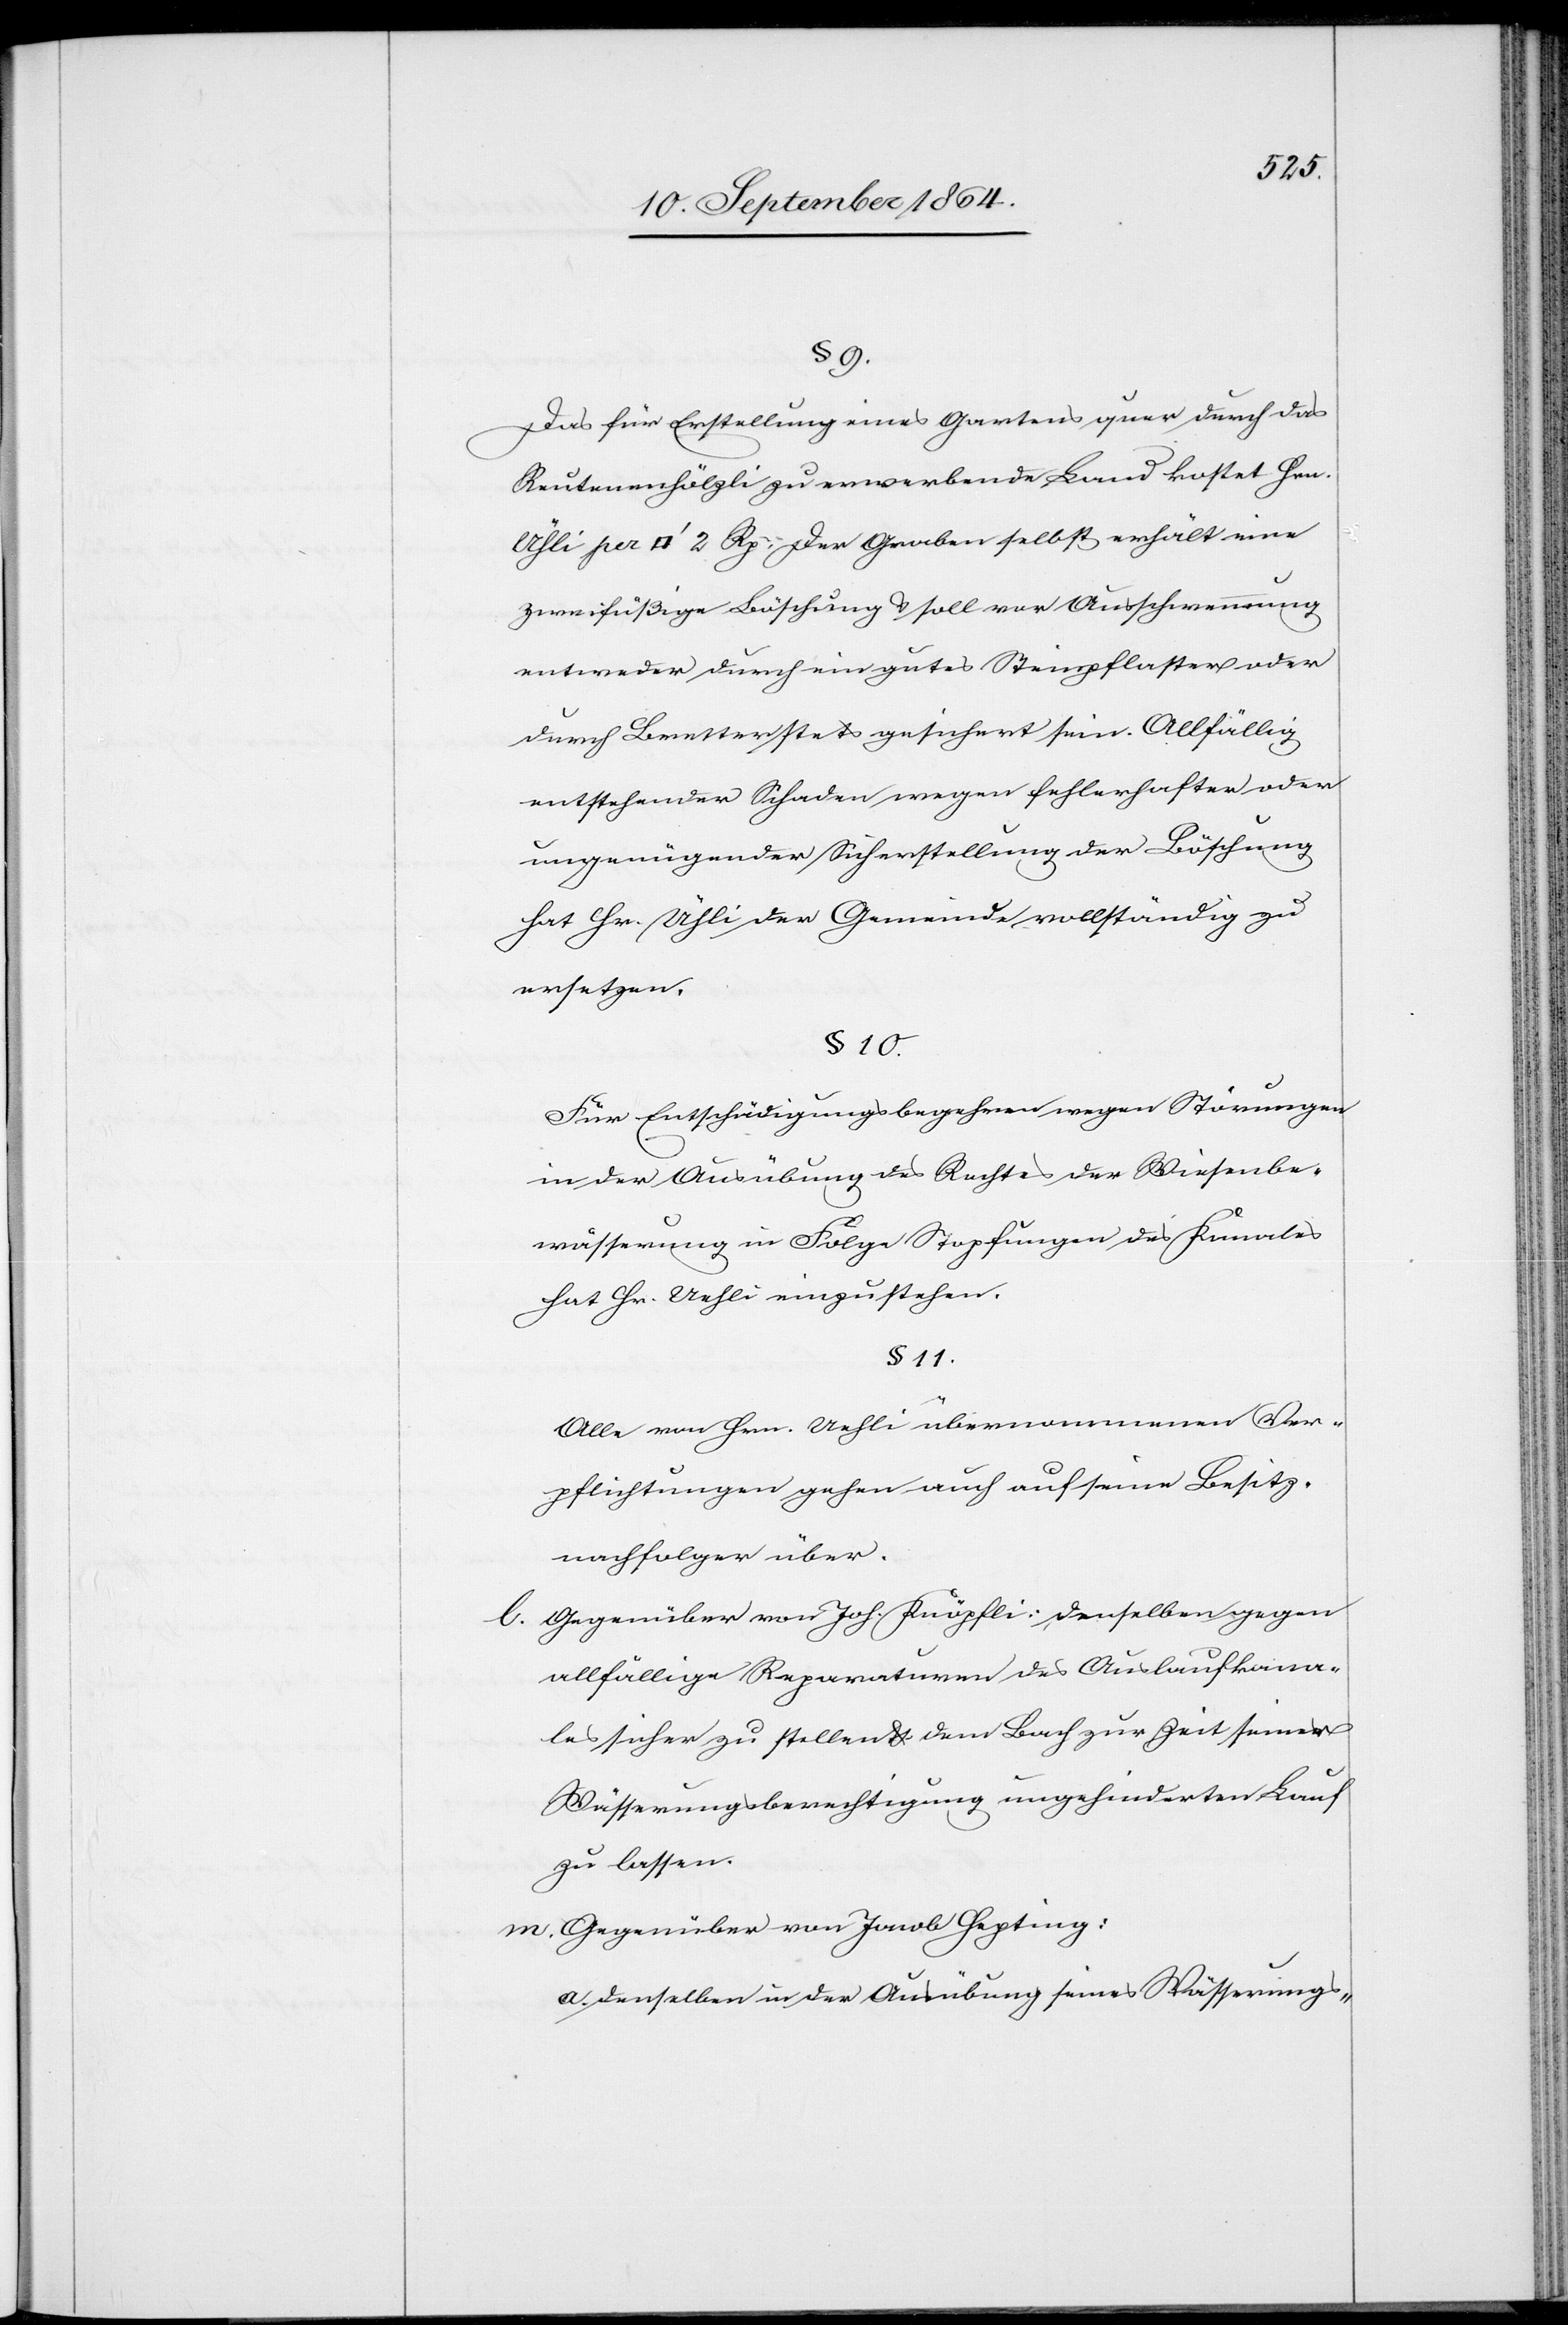
§ 9.
Das für Erstellung eines Gartens [sic!] quer durch das
Reutenenhölzli zu erwerbende Land kostet Hrn.
per [Quadratfuss] 2 Rp. Der Graben selbst erhält eine
zweifüßige Böschung & soll vor Ausschwemmung
entweder durch ein gutes Steinpflaster oder
durch Bretter stets gesichert sein. Allfällig
entstehender Schaden wegen fehlerhafter oder
ungenügender Sicherstellung der Böschung
hat Hr. Ühli der Gemeinde vollständig zu
ersetzten.
§ 10.
Für Entschädigungsbegehren wegen Störungen
in der Ausübung des Rechtes der Wiesenbe¬
wässerung in Folge Stopfungen des Kanales
hat Hr. Uehli einzustehen.
§ 11.
Alle von Hrn. Uehli übernommenen Ver¬
pflichtungen gehen auch auf seine Besitz¬
nachfolger über.
l.	Gegenüber von Joh. Knöpfli: denselben gegen
allfällige Reparaturen des Auslaufkana¬
les sicher zu stellen & dem Bach zur Zeit seiner
Wässerungsberechtigung ungehinderten Lauf
zu lassen.
m.	Gegenüber Jacob Hepting:
a. denselben in der Ausübung seines Wässerungs-